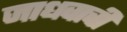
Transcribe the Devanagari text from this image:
जाधवाची